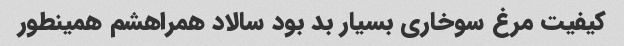
کیفیت مرغ سوخاری بسیار بد بود سالاد همراهشم همینطور